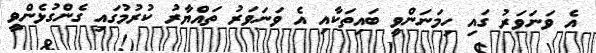
އެ ވަނަވަރު ގައި ހިމަނަންވީ ބައިތަކާއި އެ ވަނަވަރު ތައްޔާރު ކުރުމުގައި ގެންގުޅެންވީ